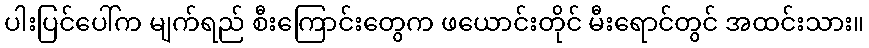
ပါးပြင်ပေါ်က မျက်ရည် စီးကြောင်းတွေက ဖယောင်းတိုင် မီးရောင်တွင် အထင်းသား။